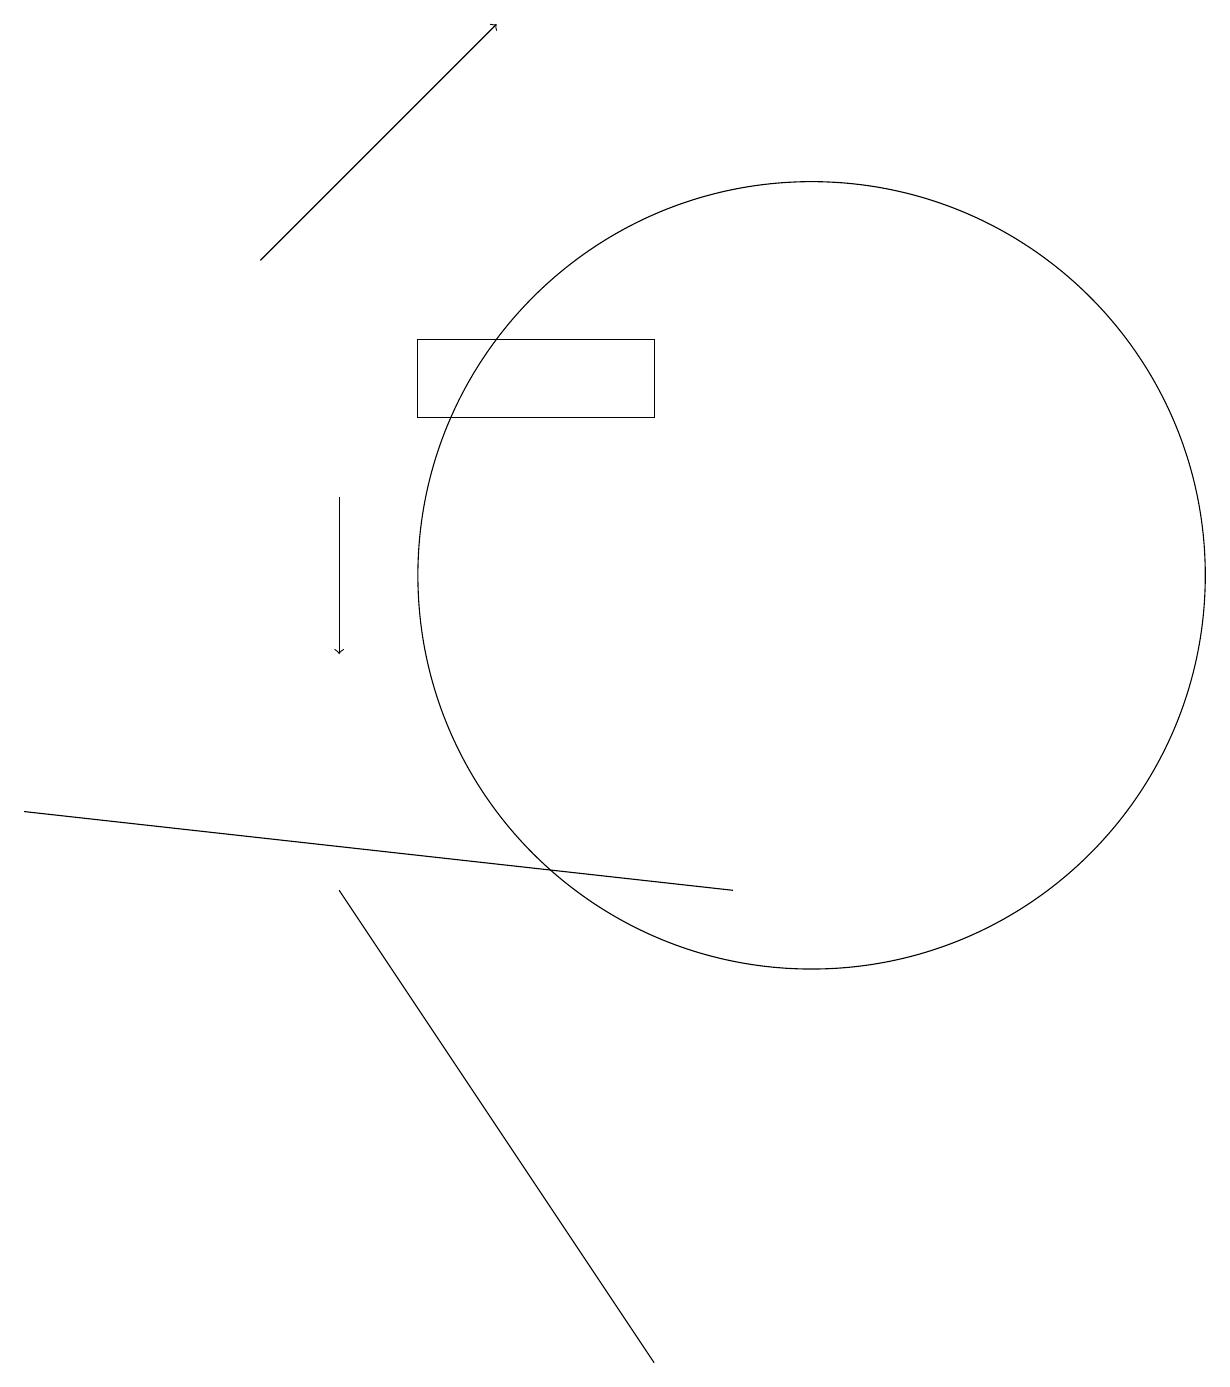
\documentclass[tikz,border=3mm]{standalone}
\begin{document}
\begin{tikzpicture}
\draw[->] (4,12) -- (4,10);
\draw (8,13) rectangle (5,14);
\draw (10,11) circle (5);
\draw (4,7) -- (8,1) -- (6,4) -- cycle;
\draw[->] (3,15) -- (6,18);
\draw (0,8) -- (9,7) -- (9,7) -- cycle;
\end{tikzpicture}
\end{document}